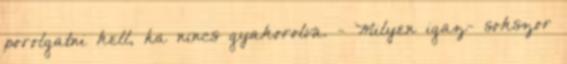
porolgatni kell, ha nincs gyakorolva. - Milyen igaz- sokszor